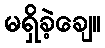
မရှိခဲ့ချေ။